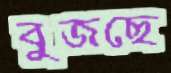
বুজছে